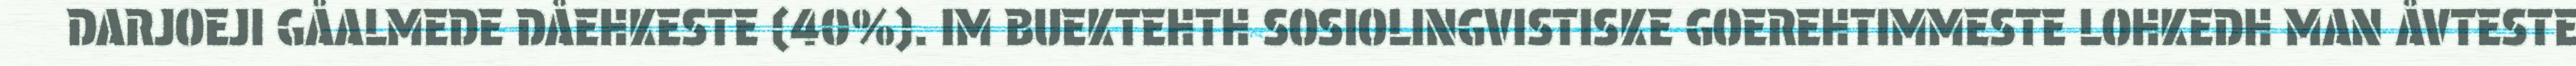
DARJOEJI GÅALMEDE DÅEHKESTE (40%). IM BUEKTEHTH SOSIOLINGVISTISKE GOEREHTIMMESTE LOHKEDH MAN ÅVTESTE